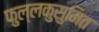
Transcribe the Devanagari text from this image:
फुल्लकुसुमित